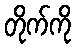
တိုက်ကို